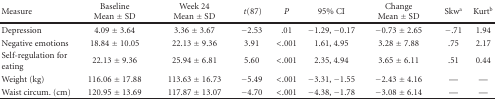
| Measure | Baseline Mean ± SD | Week 24 Mean ± SD | t(87) | P | 95% CI | Change Mean ± SD | Skwa | Kurtb |
 | --- | --- | --- | --- | --- | --- | --- | --- | --- |
 | Depression | 4.09 ± 3.64 | 3.36 ± 3.67 | −2.53 | .01 | −1.29, −0.17 | −0.73 ± 2.65 | −.71 | 1.94 |
 | Negative emotions | 18.84 ± 10.05 | 22.13 ± 9.36 | 3.91 | <.001 | 1.61, 4.95 | 3.28 ± 7.88 | .75 | 2.17 |
 | Self-regulation for eating | 22.13 ± 9.36 | 25.94 ± 6.81 | 5.60 | <.001 | 2.35, 4.94 | 3.65 ± 6.11 | .51 | 0.44 |
 | Weight (kg) | 116.06 ± 17.88 | 113.63 ± 16.73 | −5.49 | <.001 | −3.31, −1.55 | −2.43 ± 4.16 | — | — |
 | Waist circum. (cm) | 120.95 ± 13.69 | 117.87 ± 13.07 | −4.70 | <.001 | −4.38, −1.78 | −3.08 ± 6.14 | — | — |